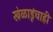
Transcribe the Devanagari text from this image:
खेळाडूंचाही